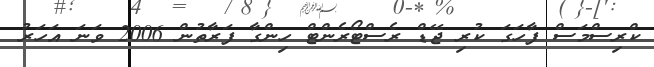
ކްރިސްމަސް ފާހަގަ ކުރި ޖޭޑް ރެސްޓޯރެންޓް ހިންގާ ފަރާތުން 2006 ވަނަ އަހަރު